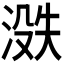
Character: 𪶟